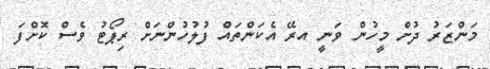
މަންޒަރު ދުށް މީހުން ވަނީ އރޭ އެކަންތައް ފުލުހުންނަށް ރިޕޯޓު ވެސް ކޮށްފަ